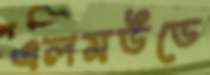
এলমউডে